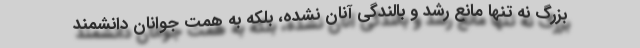
بزرگ نه تنها مانع رشد و بالندگی آنان نشده، بلکه به همّت جوانان دانشمند